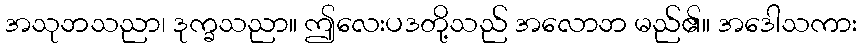
အသုဘသညာ၊ ဒုက္ခသညာ။ ဤလေးပဒတို့သည် အလောဘ မည်၏။ အဒေါသကား